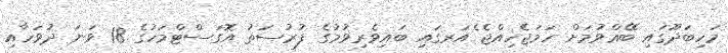
މަހިބަދޫގައި ބޭޢްވުމަށް ހަމަޖެހިއްޖެ ެއަރގައި ބައިވެރިވުމުގެ ފުރުސަތު އޮގަސްޓްމަހުގެ 18 ވަނަ ދުވަހާއި